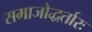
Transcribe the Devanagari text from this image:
समाजोद्धर्तारः